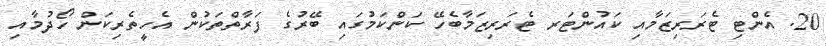
20. އެންޓި ޓެރަރިޒަމާއި ކައުންޓަރ ޓެރަރިޒަމާބެހޭ ކަންކަމުގައި ބޭރުގެ ފަރާތްތަކުން އެހީތެރިކަން ހޯދުމާއި